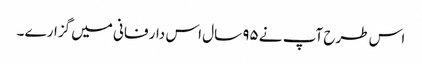
اس طرح آپ نے ۹۵ سال اس دار فانی میں گزارے ۔